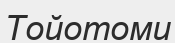
Тойотоми